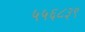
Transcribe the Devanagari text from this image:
५५६८३९